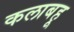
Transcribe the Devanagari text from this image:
कलाबहू